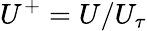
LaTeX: U^{+}=U/U_{\tau}